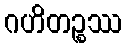
ဂဟိတဉ္စဿ